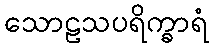
သောဠသပရိက္ခာရံ